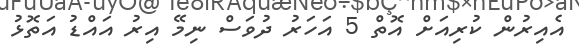
އެއިރުން ކުރިއަށް އޮތް 5 އަހަރު ދުވަސް ނިމޭ އިރު އައްޑު އަތޮޅު